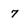
Character: 7